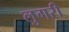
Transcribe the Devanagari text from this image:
लुगरी